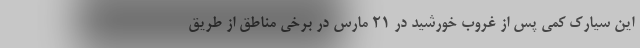
این سیارک کمی پس از غروب خورشید در ۲۱ مارس در برخی مناطق از طریق